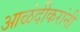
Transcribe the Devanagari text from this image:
आळंदीकरांनी